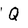
Character: Q